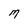
Character: M